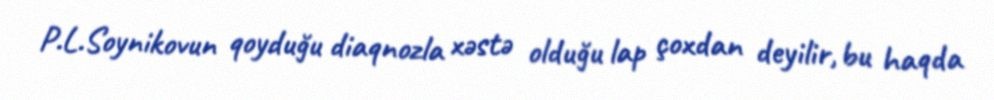
P.L.Soynikovun qoyduğu diaqnozla xəstə olduğu lap çoxdan deyilir, bu haqda